Scientific memoirs by medical officers of the Army of India - Part X,
Year: 1897
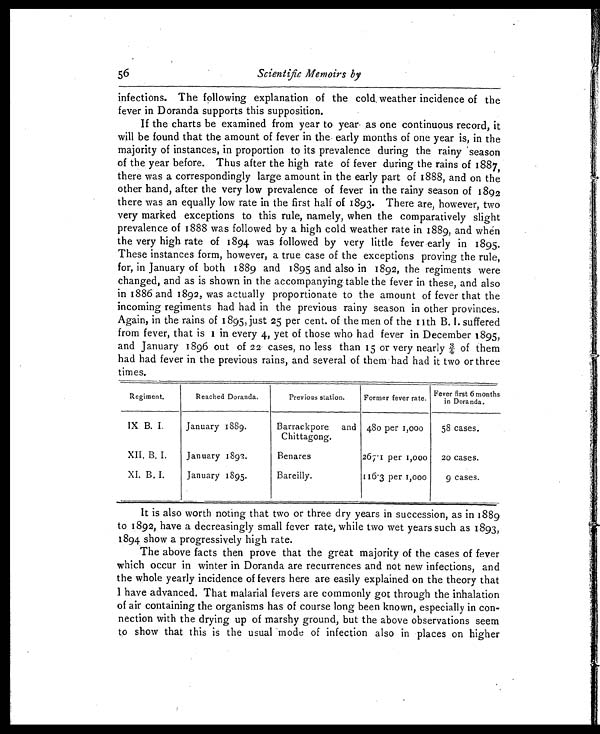
56 Scientific Memoirs by
infections. The following explanation of the cold weather incidence of the
fever in Doranda supports this supposition.
If the charts be examined from year to year as one continuous record, it
will be found that the amount of fever in the early months of one year is, in the
majority of instances, in proportion to its prevalence during the rainy season
of the year before. Thus after the high rate of fever during the rains of 1887,
there was a correspondingly large amount in the early part of 1888, and on the
other hand, after the very low prevalence of fever in the rainy season of 1892
there was an equally low rate in the first half of 1893. There are, however, two
very marked exceptions to this rule, namely, when the comparatively slight
prevalence of 1888 was followed by a high cold weather rate in 1889, and when
the very high rate of 1894 was followed by very little fever early in 1895.
These instances form, however, a true case of the exceptions proving the rule,
for, in January of both 1889 and 1895 and also in 1892, the regiments were
changed, and as is shown in the accompanying table the fever in these, and also
in 1886 and 1892, was actually proportionate to the amount of fever that the
incoming regiments had had in the previous rainy season in other provinces.
Again, in the rains of 1895, just 25 per cent. of the men of the 11th B. I. suffered
from fever, that is 1 in every 4, yet of those who had fever in December 1895,
and January 1896 out of 22 cases, no less than 15 or very nearly 3/4 of them
had had fever in the previous rains, and several of them had had it two or three
times.
Regiment.
Reached Doranda.
Previous station.
Former fever rate.
Fiver first 6 month
i n D o r a n d a .
IX B. I.
January 1889.
Barrackpore and
Chittagong.
48o per 1,000
58 cases.
XII. B. I.
January 1892.
Benares
267·1 per 1,000
20 cases.
XI. B. I.
January 1895.
Bareilly.
116.3 per 1,000
9 cases.
It is also worth noting that two or three dry years in succession, as in 1889
to 1892, have a decreasingly small fever rate, while two wet years such as 1893,
1894 show a progressively high rate.
The above facts then prove that the great majority of the cases of fever
which occur in winter in Doranda are recurrences and not new infections, and
the whole yearly incidence of fevers here are easily explained on the theory that
I have advanced. That malarial fevers are commonly got through the inhalation
of air containing the organisms has of course long been known, especially in con-
nection with the drying up of marshy ground, but the above observations seem
to show that this is the usual mode of infection also in places on higher